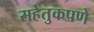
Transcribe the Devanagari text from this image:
सहेतुकपणे